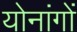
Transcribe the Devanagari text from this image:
योनांगों